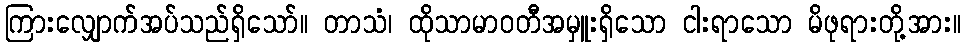
ကြားလျှောက်အပ်သည်ရှိသော်။ တာသံ၊ ထိုသာမာဝတီအမှူးရှိသော ငါးရာသော မိဖုရားတို့အား။